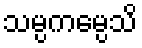
သမ္ပကမ္ပေသိ